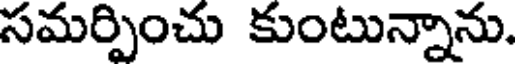
సమర్పించు కుంటున్నాను.